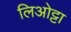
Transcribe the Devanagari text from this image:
लिओट्टा